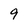
Character: 9